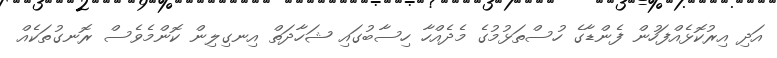
އަދި އިރުކޮޅެއްފަހުން ފެންޑާގެ ހުސްތަޅުމުގެ މެދެއްހާ ހިސާބުގައި ޝަހާދަތް އިނގިލިން ކޮންމެވެސް ރޮނގުތަކެއް